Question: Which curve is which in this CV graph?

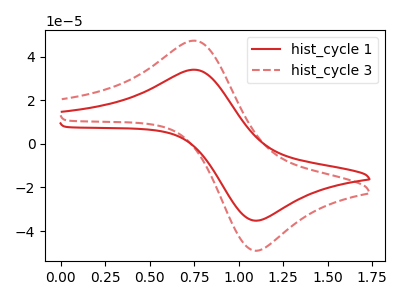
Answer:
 <answer>The red curve is labeled "hist_cycle 1". The red dashed curve is labeled "hist_cycle 3".</answer>
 <eval></eval>